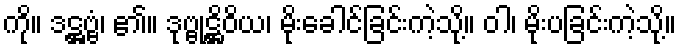
ကို။ ဒဋ္ဌဗ္ဗံ၊ ၏။ ဒုဗ္ဗုဋ္ဌိဝိယ၊ မိုးခေါင်ခြင်းကဲ့သို့။ ဝါ၊ မိုးပခြင်းကဲ့သို့။